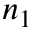
n _ { 1 }